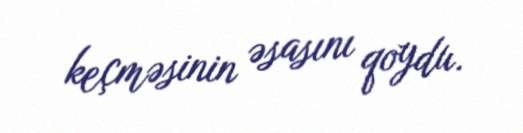
keçməsinin əsasını qoydu.